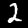
Label: 2